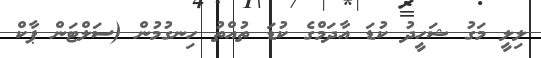
ލިލީ މަގު ޝަހީދު ކުޑަ އާދަމްގެ ކުޑަ ތުއްތު ހިނގުމުން (ސަލްޓަން ޕާކް